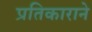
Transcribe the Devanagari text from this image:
प्रतिकाराने